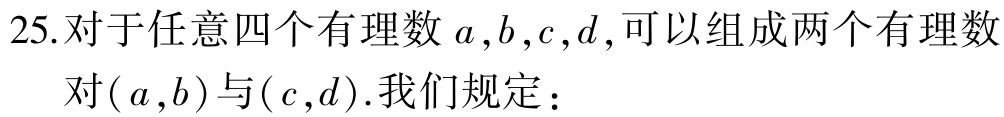
25.对于任意四个有理数 \(a,b,c,d\),可以组成两个有理数

对\((a,b)\)与\((c,d)\).我们规定：